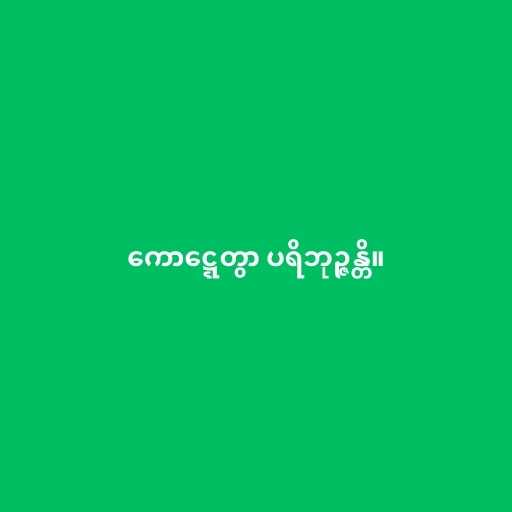
ကောဋ္ဋေတွာ ပရိဘုဉ္ဇန္တိ။